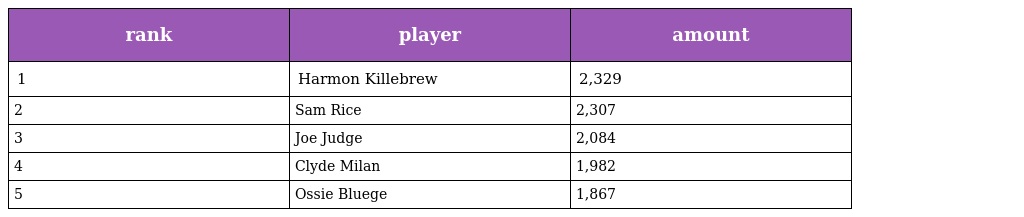
| rank | player | amount |
 | --- | --- | --- |
 | 1 | Harmon Killebrew | 2,329 |
 | 2 | Sam Rice | 2,307 |
 | 3 | Joe Judge | 2,084 |
 | 4 | Clyde Milan | 1,982 |
 | 5 | Ossie Bluege | 1,867 |